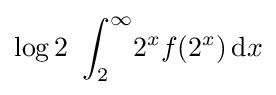
\displaystyle \log 2\ \int _{2}^{\infty }\!2^{x}f(2^{x})\,\mathrm {d} x